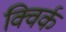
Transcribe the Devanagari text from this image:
क्विर्क